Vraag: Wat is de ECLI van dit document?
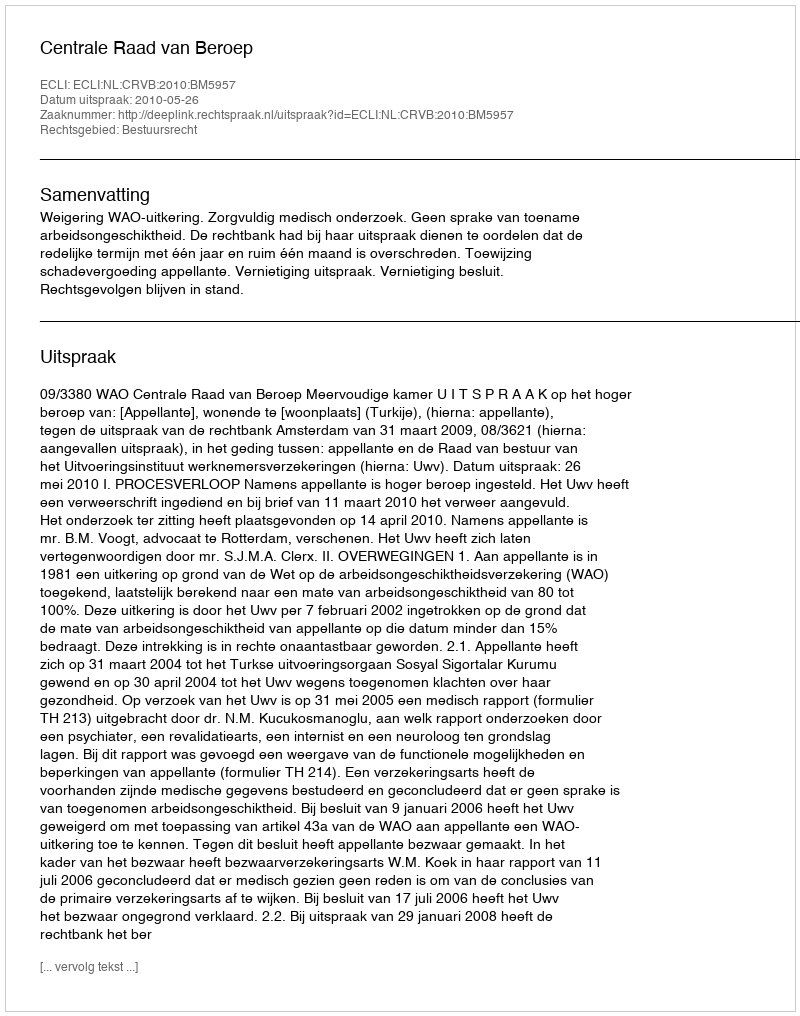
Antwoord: ECLI:NL:CRVB:2010:BM5957